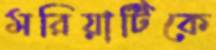
মরিয়ার্টিকে